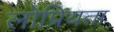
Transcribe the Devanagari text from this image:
लोप्रियता